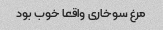
مرغ سوخاری واقعا خوب بود